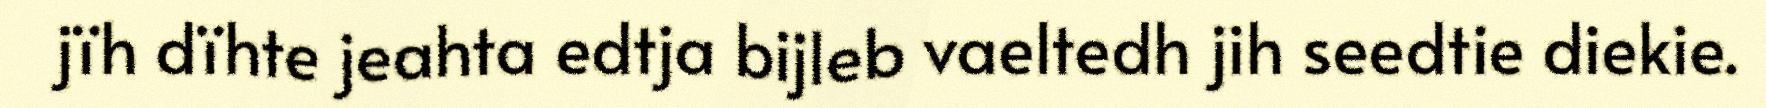
jïh dïhte jeahta edtja bijleb vaeltedh jih seedtie diekie.